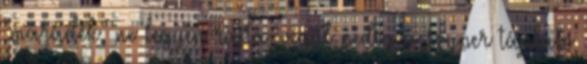
"maradék" ne legyen rajta, végül pedig a szuper tápláló